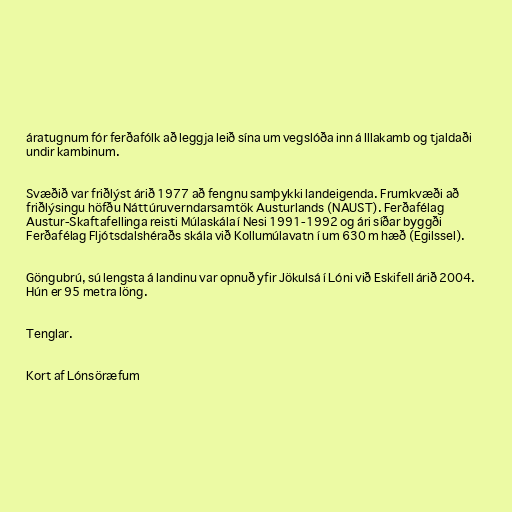
áratugnum fór ferðafólk að leggja leið sína um vegslóða inn á Illakamb og tjaldaði
undir kambinum.

Svæðið var friðlýst árið 1977 að fengnu samþykki landeigenda. Frumkvæði að
friðlýsingu höfðu Náttúruverndarsamtök Austurlands (NAUST). Ferðafélag
Austur-Skaftafellinga reisti Múlaskála í Nesi 1991-1992 og ári síðar byggði
Ferðafélag Fljótsdalshéraðs skála við Kollumúlavatn í um 630 m hæð (Egilssel).

Göngubrú, sú lengsta á landinu var opnuð yfir Jökulsá í Lóni við Eskifell árið 2004.
Hún er 95 metra löng.

Tenglar.

Kort af Lónsöræfum